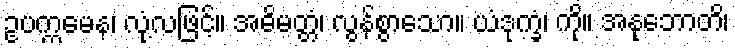
ဥပက္ကမေန၊ လုံ့လဖြင့်။ အဓိမတ္တံ၊ လွန်စွာသော။ ယံဒုက္ခံ၊ ကို။ အနုဘောတိ၊